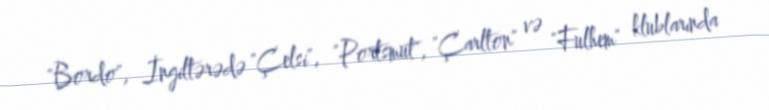
"Bordo", İngiltərədə "Çelsi", "Portsmut", "Çarlton" və "Fulhem" klublarında